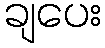
ချပေး